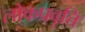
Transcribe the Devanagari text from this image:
लोकप्रवृत्ति